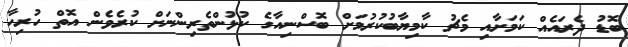
ބޮޑު ދެރައެއް ކަމަށާއި މެޗު ކާމިޔާބުކުރުމަށް ބޮސްނިއާގެ ކުޅުންތެރިންނަށް ކުރެވެން އޮތް ހުރިހާ